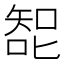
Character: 𰈗